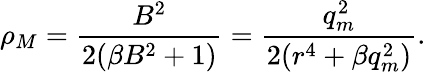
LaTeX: \rho_{M}=\frac{B^{2}}{2(\beta B^{2}+1)}=\frac{q_{m}^{2}}{2(r^{4}+\beta q_{m}^{2})}.